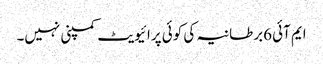
ایم آئی 6برطانیہ کی کوئی پرائیویٹ کمپنی نہیں۔